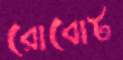
রোবোট